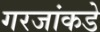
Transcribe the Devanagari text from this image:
गरजांकडे